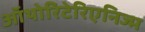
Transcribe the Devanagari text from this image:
ऑथोरिटेरिएनिज्म